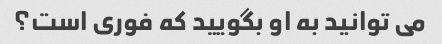
می توانید به او بگویید که فوری است؟